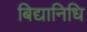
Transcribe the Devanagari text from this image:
बिद्यानिधि